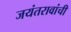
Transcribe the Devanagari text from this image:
जयंतरावांची